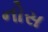
નોસ